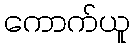
ကောက်ယူ